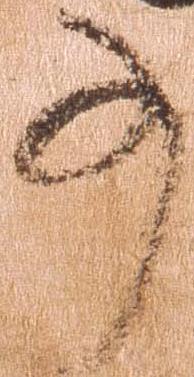
事